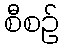
စီစဉ်